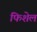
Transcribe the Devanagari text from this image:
फिशेल